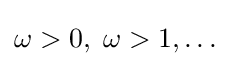
\omega >0,\;\omega >1,\ldots